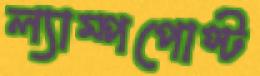
ল্যাম্পপোস্ট